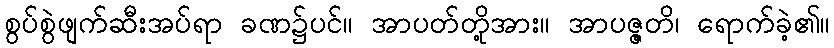
စွပ်စွဲဖျက်ဆီးအပ်ရာ ခဏ၌ပင်။ အာပတ်တို့အား။ အာပဇ္ဇတိ၊ ရောက်ခဲ့၏။